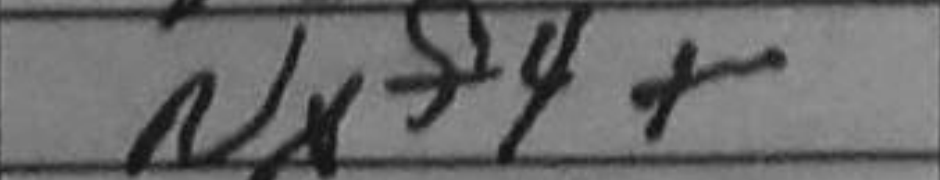
Transcription: Nxf4